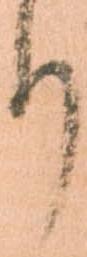
り